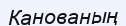
Канованың